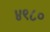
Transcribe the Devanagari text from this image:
४९८०